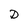
Character: D